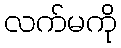
လက်မကို